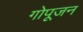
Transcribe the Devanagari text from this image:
गोपूजन